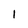
Character: l